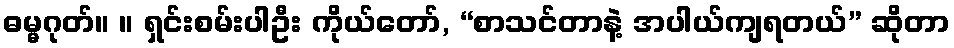
ဓမ္မဂုတ်။ ။ ရှင်းစမ်းပါဦး ကိုယ်တော်, “စာသင်တာနဲ့ အပါယ်ကျရတယ်” ဆိုတာ